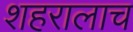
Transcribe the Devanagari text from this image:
शहरालाच